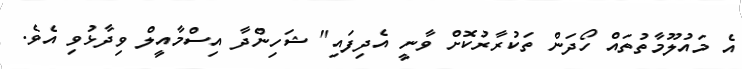
އެ މައުލޫމާތުތައް ހޯދަން ތަކުރާރުކޮށް ވާނީ އެދިފައި" ޝަހިންދާ އިސްމާއީލް ވިދާޅުވި އެވެ.